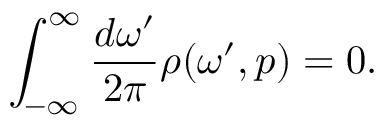
\int _ { - \infty } ^ { \infty } \frac { d \omega ^ { \prime } } { 2 \pi } \rho ( \omega ^ { \prime } , p ) = 0 .